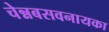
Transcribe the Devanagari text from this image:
चेन्नबसवनायका